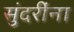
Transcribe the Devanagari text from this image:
सुंदरींना